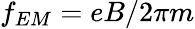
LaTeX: f_{EM}=eB/2\pi m